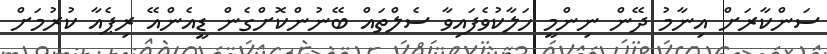
ސަންކާރަށް އިނާމު ދޭން ނިންމީ ހަލާކުވެފައިވާ ސެލްތައް ބޭނުންކޮށްގެން ޑީއެންއޭ ރިޕެއާ ކުރުމަށް